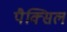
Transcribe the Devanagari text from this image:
पैक्सिल